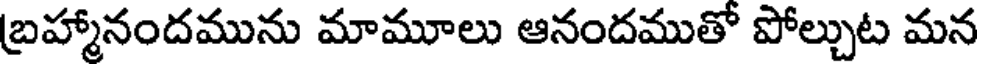
బ్రహ్మానందమును మామూలు ఆనందముతో పోల్చుట మన